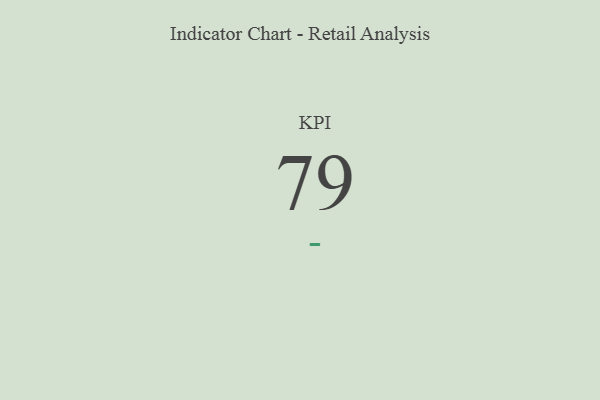
{"axis": {"x": "KPI", "y": "Value"}, "legend": [""], "data": [{"x": "KPI", "y": 79, "type": ""}]}